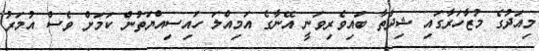
މިއަދުގެ މުޒާހަރާގައި ޝިދާތާ ބައިވެރިވަނީ އޭނާގެ އަމިއްލަ ހައިސިއްޔަތުން ކަމަށް ވެސް އުމަރު